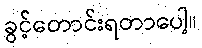
ခွင့်တောင်းရတာပေါ့။